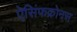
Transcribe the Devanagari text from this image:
ऐसिंफक्रोनस